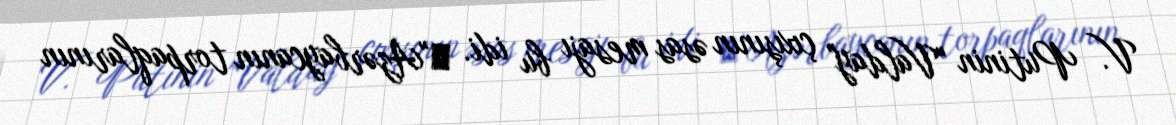
V. Putinin "Valday" çıxışının əsas mesajı bu idi. ♦"Azərbaycanın torpaqlarının